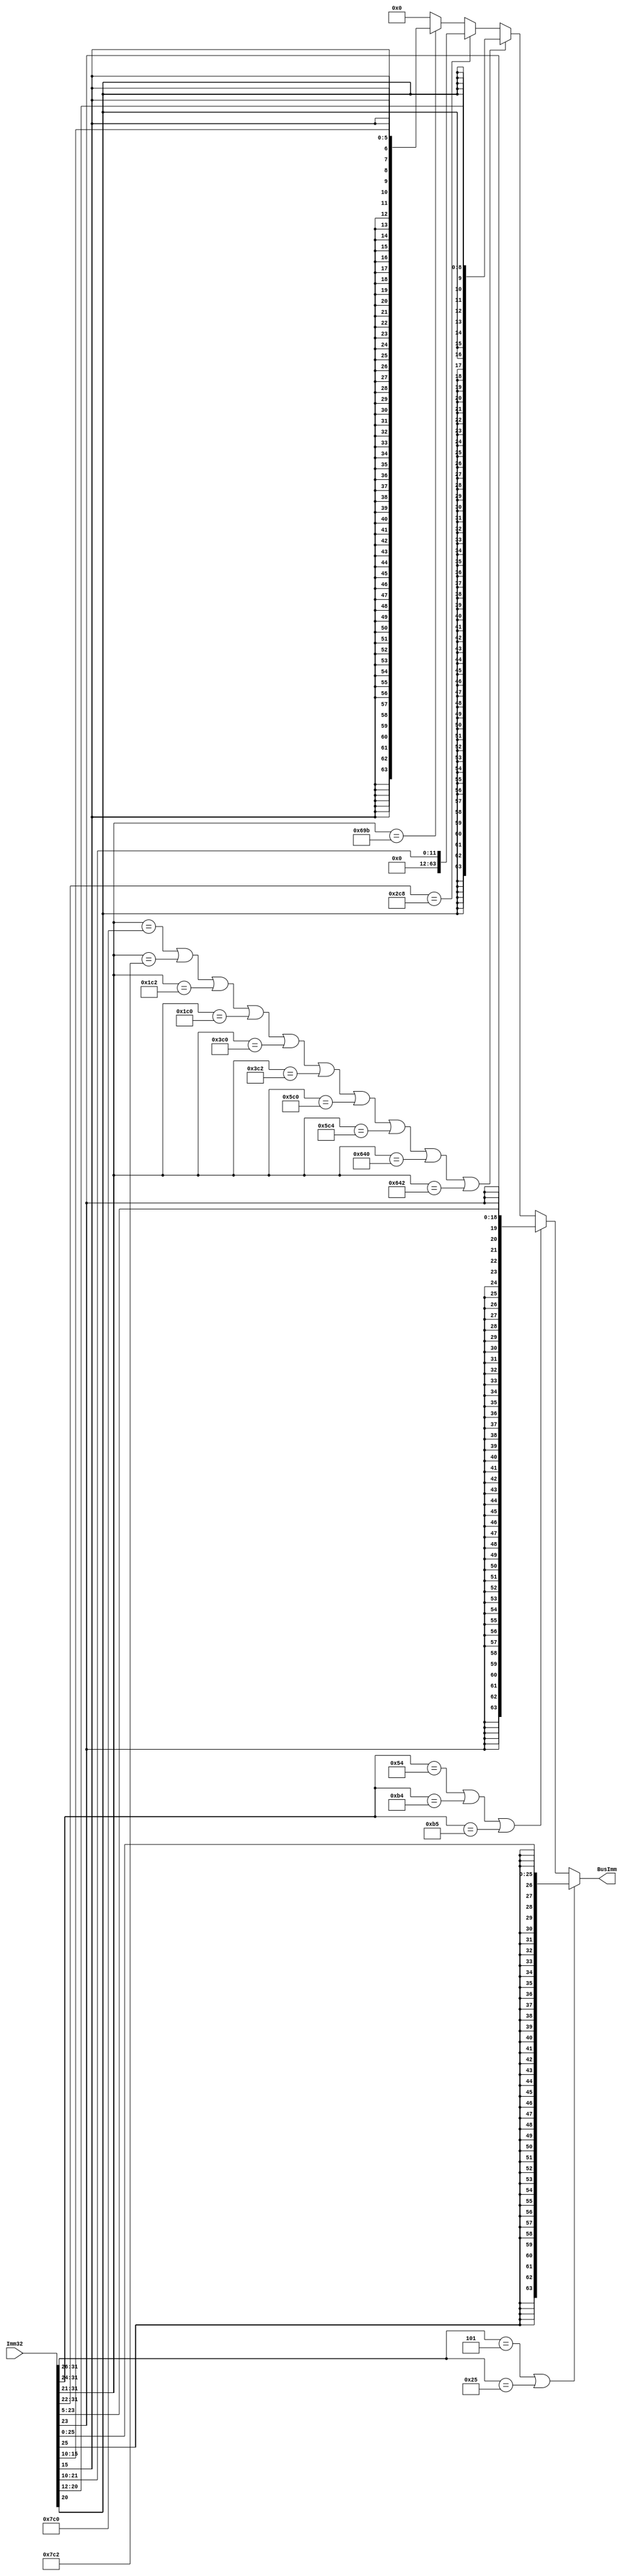

`timescale 1ns / 1ps

module SignExtender(BusImm, Imm32);
  output reg [63:0] BusImm;
  input [31:0] Imm32;
  
  
  reg extBit;
  

  reg [32:0] test ;

  always @( Imm32 )
     begin
    test = Imm32 ;
    //Branch
    if (test [31:26] == 6'b000101|| test [31:26] == 6'b100101)
           begin
      extBit = test[25];
      BusImm = {{38{ extBit}},test[25:0]};
        end
    //Conditional Branch
     else if (test[31:24] ==8'b01010100||test[31:24]== 8'b10110100||test[31:24]== 8'b10110101 ) 
        begin
      extBit = test[23];
      BusImm = {{45{ extBit}},test[23:5]}; 
        end
    //D type instruction
     else if (test[31:21] == 11'b11111000000|| 
       test[31:21] == 11'b11111000010||
      test[31:21] ==11'b00111000010 ||
      test[31:21]==11'b00111000000 ||
      test[31:21]==11'b01111000000 ||
      test[31:21]==11'b01111000010 ||
      test[31:21]==11'b10111000000 ||
      test[31:21]==11'b10111000100 ||
      test[31:21]==11'b11001000000 ||
      test[31:21]==11'b11001000010 )
        begin
      extBit = test[20];
      BusImm = {{55{ extBit}},test[20:12]}; 
        end
      //ORRI opcode for sign extension
    else if (test[31:22] == 10'b1011001000 ) begin
        extBit = test[21];
      	BusImm = {{52'b0},test[21:10]}; 
    end
    //LSL opcode
    else if (test[31:21] == 11'b11010011011)begin
    	extBit = test[15];
    	BusImm = {{58{ extBit}},test[15:10]}; 
    end

	else 
   	begin
   		BusImm = 64'b0 ;
    end
end
    
      
endmodule